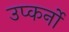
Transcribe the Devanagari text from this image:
उप्कर्नो